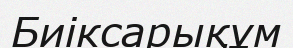
Биіксарықұм